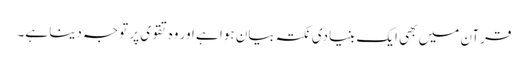
قرآن میں بھی ایک بنیادی نکتہ بیان ہوا ہے اور وہ تقوی پر توجہ دینا ہے۔